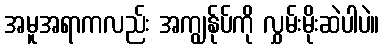
အမူအရာကလည်း အကျွန်ုပ်ကို လွှမ်းမိုးဆဲပါပဲ။